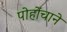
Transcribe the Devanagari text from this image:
पोहोंचाने